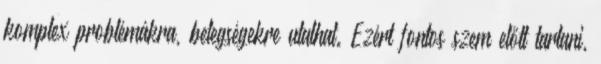
komplex problémákra, betegségekre utalhat. Ezért fontos szem előtt tartani,